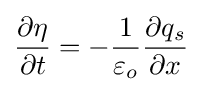
{\frac {\partial \eta }{\partial t}}=-{\frac {1}{\varepsilon _{o}}}{\frac {\partial {q_{s}}}{\partial x}}